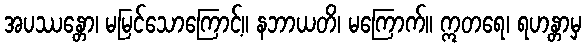
အပဿန္တော၊ မမြင်သောကြောင့်။ နဘာယတိ၊ မကြောက်။ ဣတရေ၊ ရဟန္တာမှ